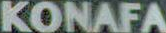
KONAFA